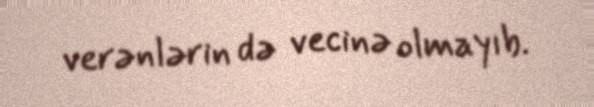
verənlərin də vecinə olmayıb.